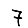
Digit: 7